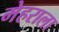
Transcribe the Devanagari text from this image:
मेहराला